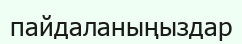
пайдаланыңыздар